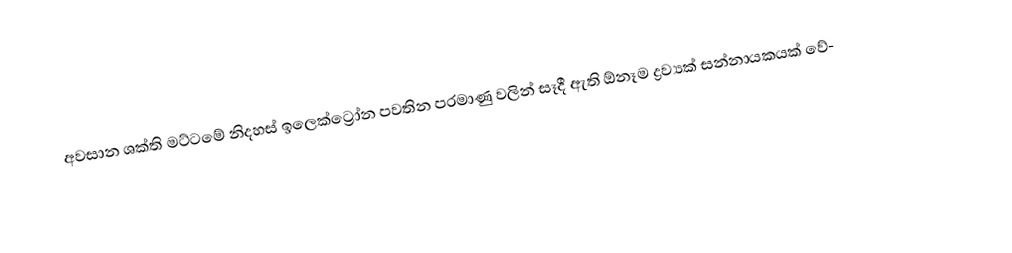
අවසාන ශක්ති මට්ටමේ නිදහස් ඉලෙක්ට්‍රෝන පවතින පරමාණු   වලින් සෑදී ඇති ඕනෑම ද්‍රව්‍යක් සන්නායකයක් වේ-